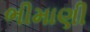
ભીમાણી